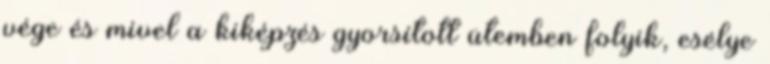
vége és mivel a kiképzés gyorsított ütemben folyik, esélye